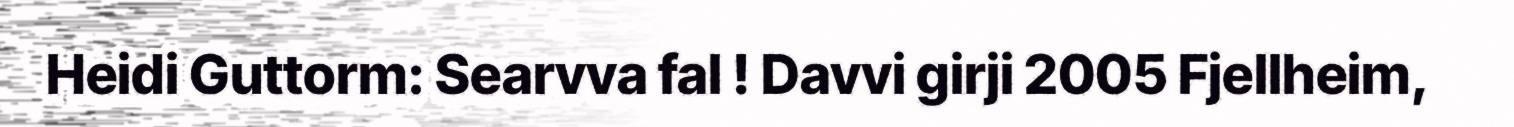
Heidi Guttorm: Searvva fal ! Davvi girji 2005 Fjellheim,